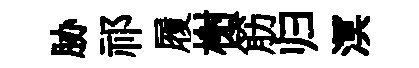
胁祁履榭筋归溟